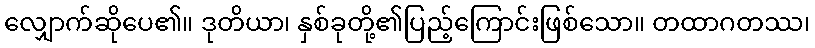
လျှောက်ဆိုပေ၏။ ဒုတိယာ၊ နှစ်ခုတို့၏ပြည့်ကြောင်းဖြစ်သော။ တထာဂတဿ၊